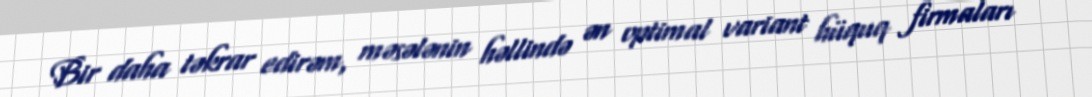
Bir daha təkrar edirəm, məsələnin həllində ən optimal variant hüquq firmaları